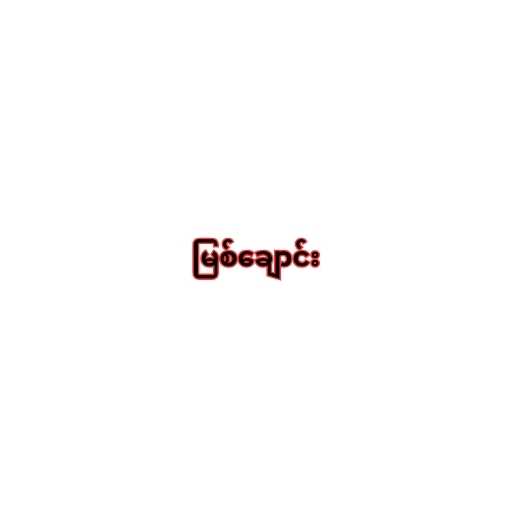
မြစ်ချောင်း